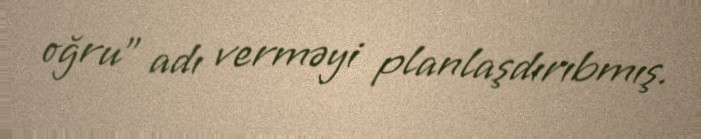
oğru” adı verməyi planlaşdırıbmış.